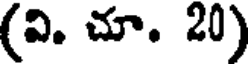
(వి. చూ. 20)